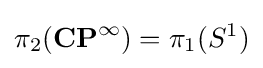
\pi _{2}(\mathbf {CP} ^{\infty })=\pi _{1}(S^{1})